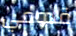
قدومي